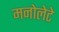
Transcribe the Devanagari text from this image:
मनोलेटे